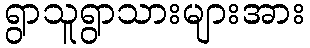
ရွာသူရွာသားများအား